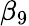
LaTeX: \beta_{9}